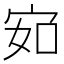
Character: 𰌽